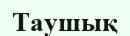
Таушық